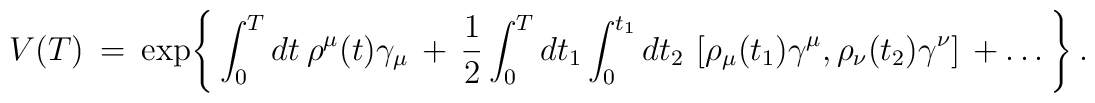
V(T) \> = \>\exp \Biggl \{ \>  \int_0^T dt \> \rho^{\mu}(t) \gamma_{\mu}\> + \> \frac{1}{2} \int_0^T dt_1 \int_0^{t_1} dt_2 \>\left [ \rho_{\mu}(t_1) \gamma^{\mu} , \rho_{\nu}(t_2) \gamma^{\nu} \right ] \> + \ldots \> \Biggr \} \> .